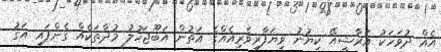
އެއް ދުވަހަކު އަރާޝީއޭ ކިޔުނު ވިޔަފާރިވެރިއެއްގެ އަތުން އަބޫޖަހުލު މުދާތަކެއް ގެންފައި އަގު